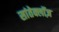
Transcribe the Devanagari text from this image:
सांतेक्लॉज़